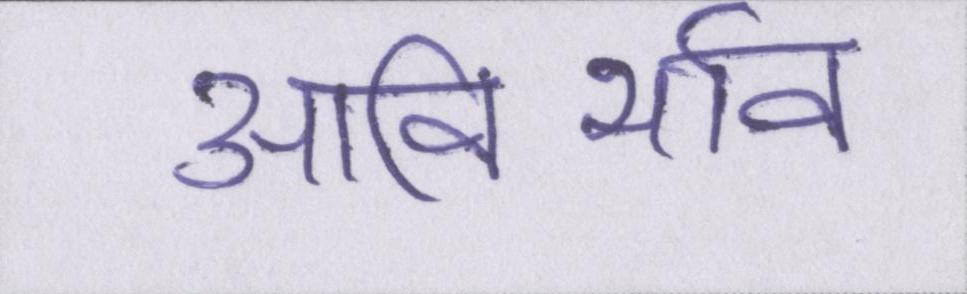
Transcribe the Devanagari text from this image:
आविर्भाव